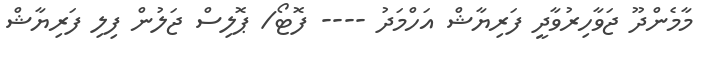
މާމެންދޫ ޖަވާހިރުވާދީ ފަރިޔާޝް އަހްމަދު ---- ފޮޓޯ/ ޕޮލިސް ޖަލުން ފިލި ފަރިޔާޝް